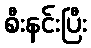
စီးနင်းပြီး